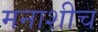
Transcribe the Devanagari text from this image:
मनाशीच